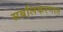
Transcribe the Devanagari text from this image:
सबलिकरणात